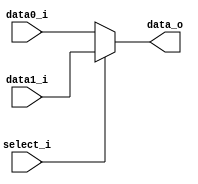
/***************************************************
Student Name: 
Student ID: 
***************************************************/

`timescale 1ns/1ps

module MUX_2to1(
	input  [32-1:0] data0_i,       
	input  [32-1:0] data1_i,
	input       	select_i,
	output [32-1:0] data_o
               );
			   
/* Write your code HERE */
assign data_o = (select_i==1) ? data1_i : data0_i;
			   

endmodule